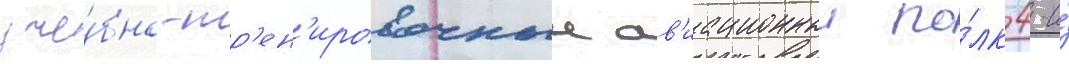
уче́бно-тр'ен'ировочныи ав'иационныи по́лк 4-и́